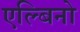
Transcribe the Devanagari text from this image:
एल्बिनो